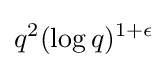
q^{2}(\log q)^{1+\epsilon }